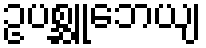
ဥပစ္ဆူဘေယျ